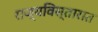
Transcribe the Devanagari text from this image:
राज्यविस्तारात